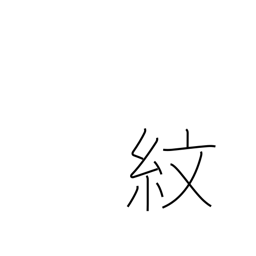
Meaning: family crest